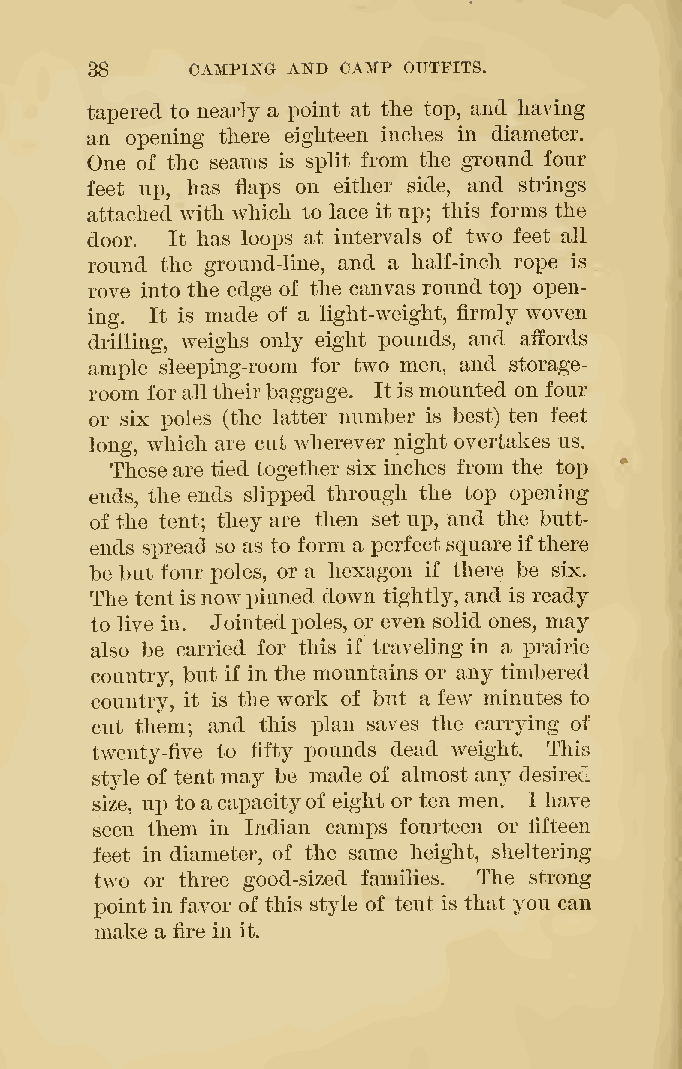
88    CAMPING AKD CAMP OUTFITS.
 tapered to nearly a point at the top, and having
 an opening tliere eighteen inches in diameter.
 One of the seams is split from the ground four
 feet up, has flaps on either side, and strings
 attached with which to lace it up; this forms the
 door. It has loops at intervals of two feet all
 round the ground-line, and a half-inch rope is
 rove into the edge of the canvas round top open-
 ing. It is made of a light-weight, firmly woven
 drilling, weighs only eight pounds, and affords
 amx)le sleeping-room for two men, and storage-
 room forall theirbaggage. Itismounted on four
 or six poles (the latter number is best) ten feet
 long, which are cut wherever night overtakes us.
 Theseare tied together six inches from the top
 ends, the ends slipped through the top opening
 of the tent; they are then set up, and the butt-
 ends spread so as to form a perfectsquareifthere
 be but four poles, or a hexagon if there be six.
 The tentis nowpinned down tightly, and is ready
 to live in. Jointedj)oles, or even solid ones, may
 also be carried for this if traveling in a prairie
 country, but if in the mountains or any timbered
 country, it is the work of but a few minutes to
 cut them; and this plan saves the carrying of
 twenty-five to fifty pounds dead weight. This
 style of tent may be made of almost any desired
 size, up to acapacityof eight or ten men. I have
 seen them in Indian camps fourteen or fifteen
 feet in diameter, of the same height, sheltering
 two or three good-sized families. The strong
 point in favor of this style of tent is that you can
 make a fire in it.